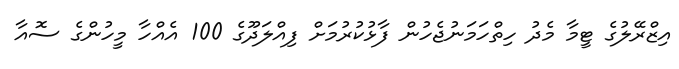
އިޒްރޭލުގެ ޓީމާ މެދު ހިތްހަމަނުޖެހުން ފާޅުކުރުމަށް ފިއްލަދޫގެ 100 އެއްހާ މީހުންގެ ސޮއާ